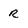
Character: r